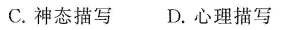
C.神态描写D.心理描写